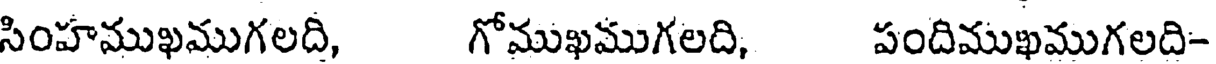
సింహముఖముగలది, గోముఖముగలది, పందిముఖముగలది-